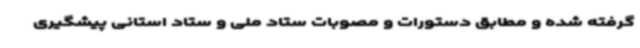
گرفته شده و مطابق دستورات و مصوبات ستاد ملی و ستاد استانی پیشگیری